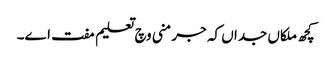
کچھ ملکاں جداں کہ جرمنی وچ تعلیم مفت ا‏‏ے۔